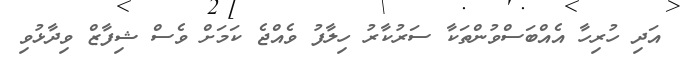
އަދި ހުރިހާ އެއްބަސްވުންތަކާ ސަރުކާރު ހިލާފު ވެއްޖެ ކަމަށް ވެސް ޝިފާޒް ވިދާޅުވި